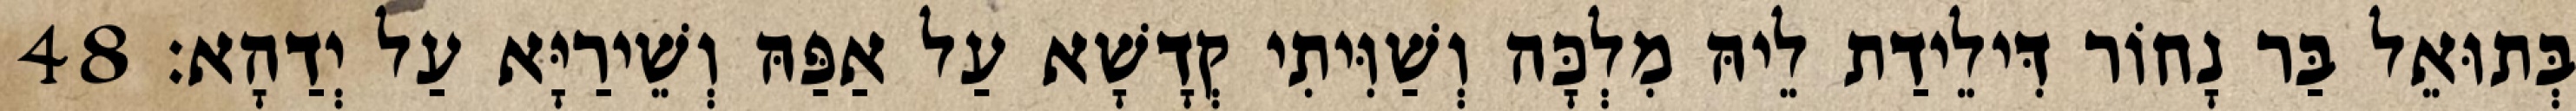
בְּתוּאֵל בַּר נָחוֹר דִּילֵידַת לֵיהּ מִלְכָּה וְשַׁוִּיתִי קְדָשָׁא עַל אַפַּהּ וְשֵׁירַיָּא עַל יְדַהָא׃ 48